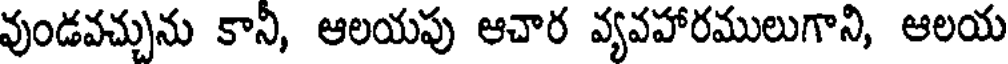
వుండవచ్చును కానీ, ఆలయపు ఆచార వ్యవహారములుగాని, ఆలయ